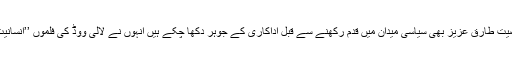
طارق عزیز پاکستان کی سیاست میں ایک اورممتاز شخصیت طارق عزیز بھی سیاسی میدان میں قدم رکھنے سے قبل اداکاری کے جوہر دکھا چکے ہیں انہوں نے لالی ووڈ کی فلموں ’’انسانیت ‘‘ اور ’’ہار گیا انسان‘‘ میں اداکاری کے جوہر دکھائے۔